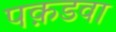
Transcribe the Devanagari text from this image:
पक़डवा